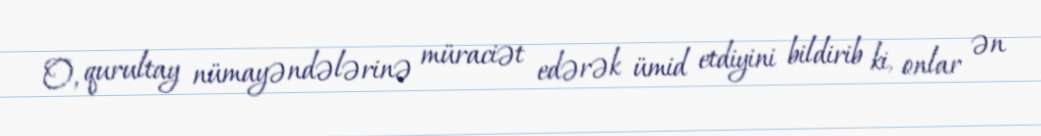
O, qurultay nümayəndələrinə müraciət edərək ümid etdiyini bildirib ki, onlar ən